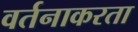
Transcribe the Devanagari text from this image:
वर्तनाकरता